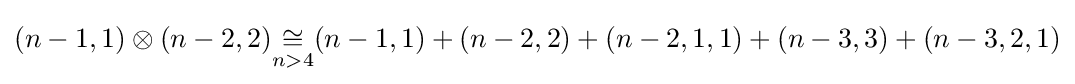
(n-1,1)\otimes (n-2,2){\underset {n>4}{\cong }}(n-1,1)+(n-2,2)+(n-2,1,1)+(n-3,3)+(n-3,2,1)